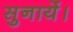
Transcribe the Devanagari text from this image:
सुनायें।